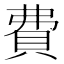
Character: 費